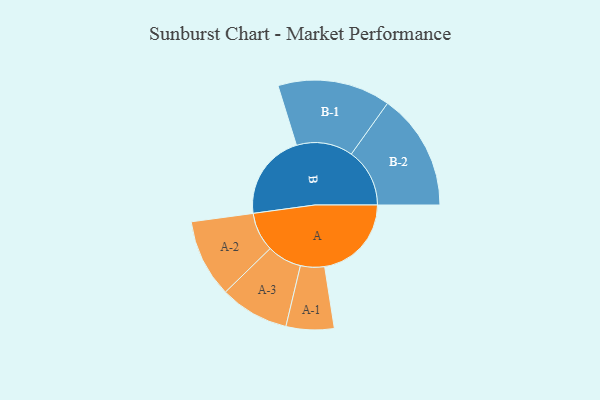
{"axis": {"x": "Segment", "y": "Value"}, "legend": ["", "A", "B"], "data": [{"x": "A", "y": 409, "type": ""}, {"x": "B", "y": 406, "type": ""}, {"x": "A-1", "y": 113, "type": "A"}, {"x": "A-2", "y": 184, "type": "A"}, {"x": "A-3", "y": 163, "type": "A"}, {"x": "B-1", "y": 266, "type": "B"}, {"x": "B-2", "y": 275, "type": "B"}]}